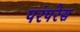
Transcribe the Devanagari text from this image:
परंपरेस